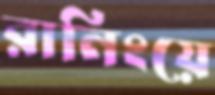
রানিংয়ে